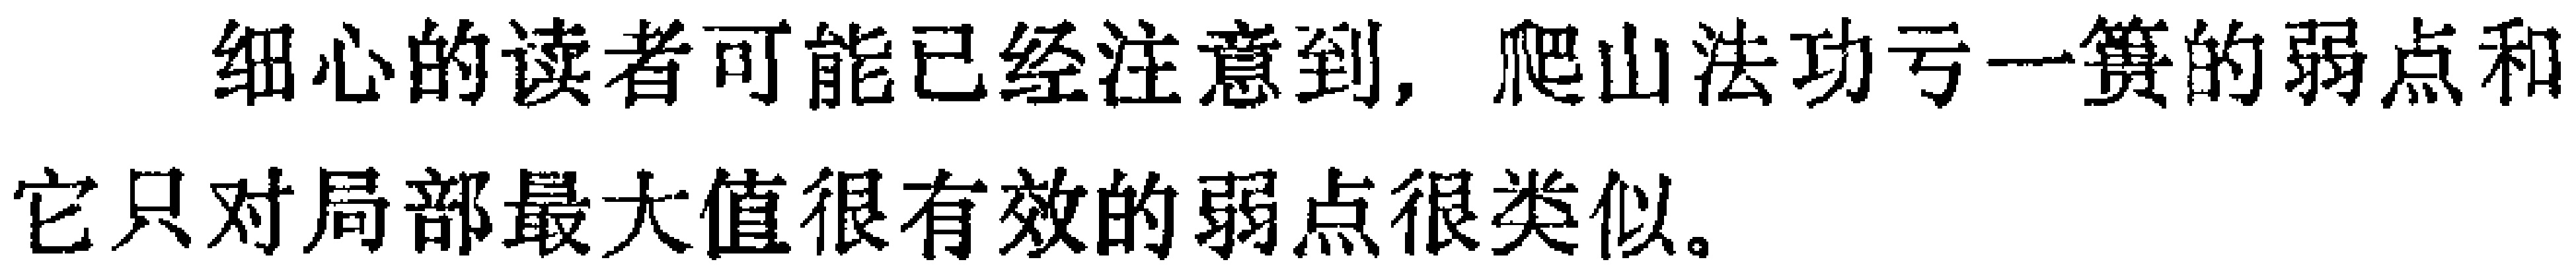
细心的读者可能已经注意到，爬山法功亏一篑的弱点和它只对局部最大值很有效的弱点很类似。